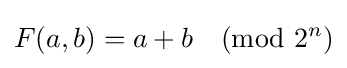
F(a,b)=a+b{\pmod {2^{n}}}